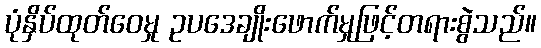
ပုံနှိပ်ထုတ်ဝေမှု ဥပဒေချိုးဖောက်မှုဖြင့်တရားစွဲသည်။